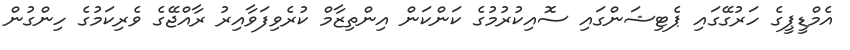
އެމްޑީޕީގެ ހަރުގޭގައި ޕެޓިޝަންގައި ސޮއިކުރުމުގެ ކަންކަން އިންތިޒާމް ކުރެވިފަވާއިރު ރާއްޖޭގެ ވެރިކަމުގެ ހިންގުން